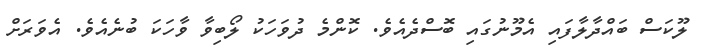
ލޫކަސް ބައްދާލާފައި އެމޫނުގައި ބޮސްދެއެވެ. ކޮންމެ ދުވަހަކު ލޯބިވާ ވާހަކަ ބުނެއެވެ. އެވަރަށް